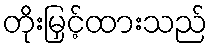
တိုးမြှင့်ထားသည်